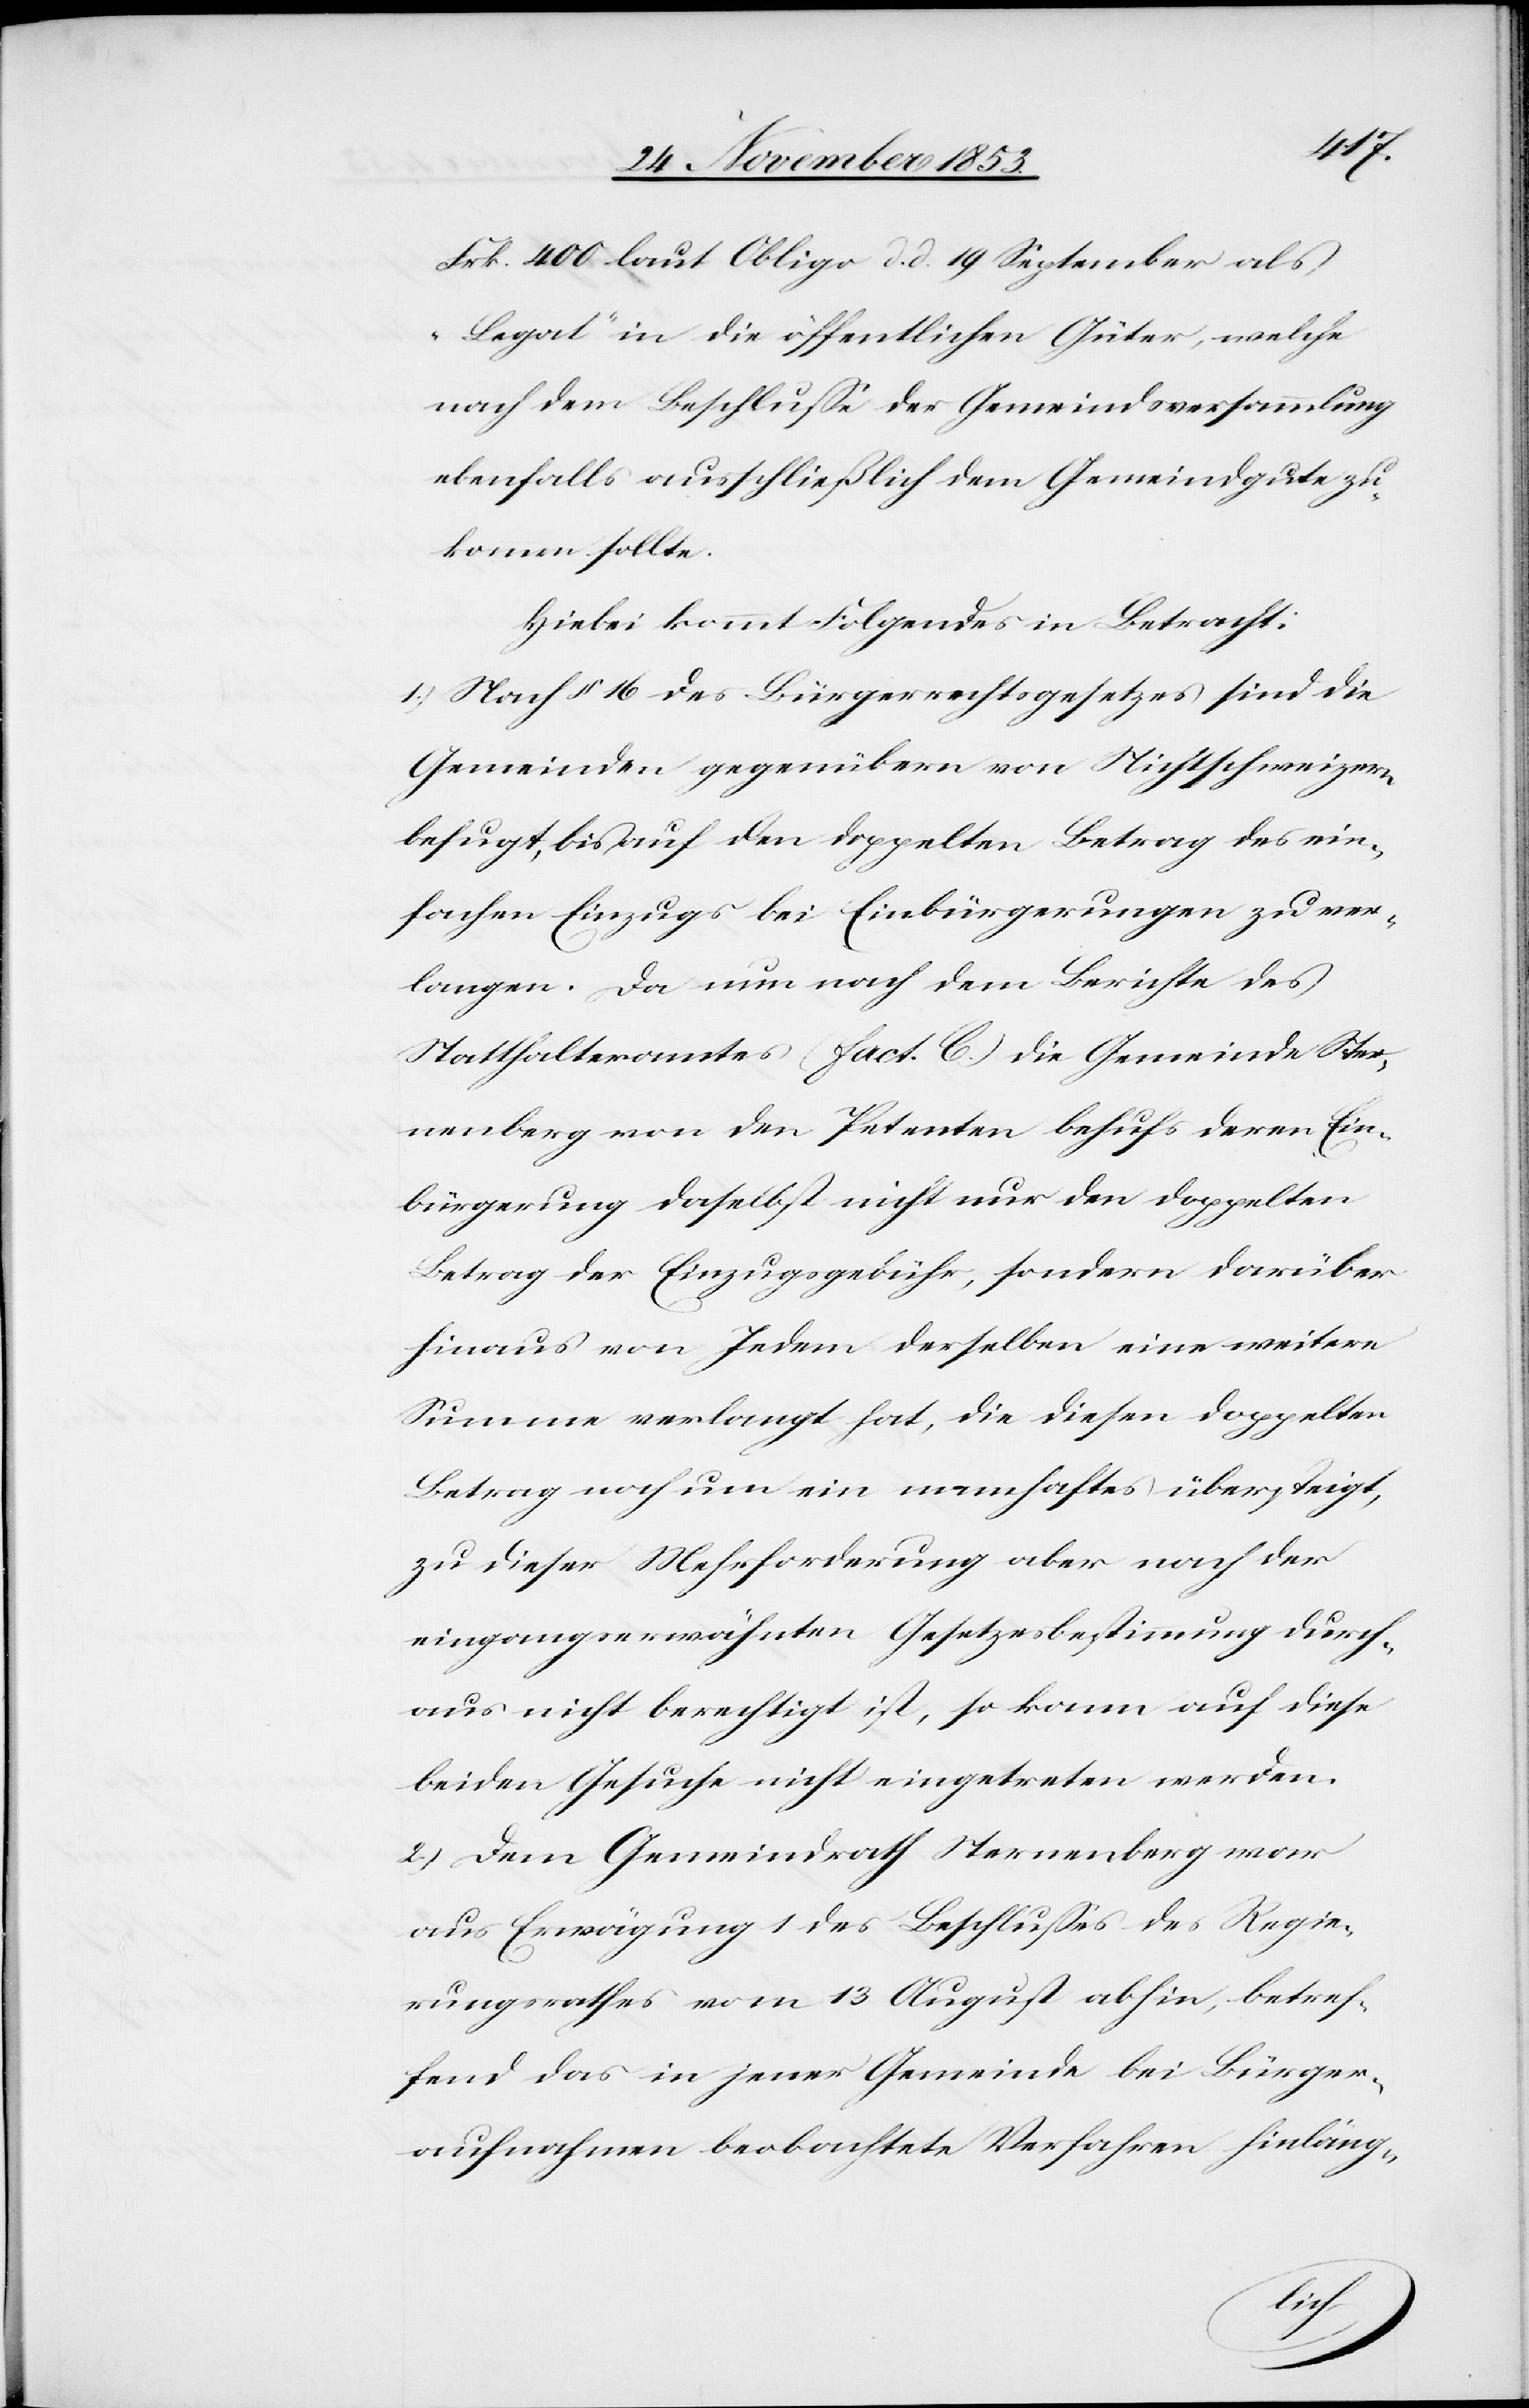
Frk. 400 laut Obligo d. d. 19 September als
„Legat“ in die öffentlichen Güter, welche
nach dem Beschluße der Gemeindsversammlung
ebenfalls ausschließlich dem Gemeindgute zu¬
kommen sollte.
Hiebei kommt Folgendes in Betracht:
1) Nach § 16 des Bürgerrechtsgesetzes sind die
Gemeinden gegenübern [sic!] von Nichtschweizern
befugt, bis auf den doppelten Betrag des ein¬
fachen Bezugs bei Einbürgerungen zu ver¬
langen. Da nun nach dem Berichte des
Statthalteramtes (fact. C.) die Gemeinde Ster¬
nenberg von den Petenten behufs deren Ein¬
bürgerung daselbst nicht nur den doppelten
Betrag der Einzugsgebühr, sondern darüber
hinaus von Jedem derselben eine weitere
Summe verlangt hat, die diesen doppelten
Betrag noch um ein namhaftes übersteigt,
zu dieser Mehrforderung aber nach der
eingangserwähnten Gesetzesbestimmung durch¬
aus nicht berechtigt ist, so kann auf diese
beiden Gesuche nicht eingetreten werden.
2) Dem Gemeindrath Sternenberg war
aus Erwägung 1 des Beschlußes des Regie¬
rungsrathes vom 13 August abhin, betref¬
iben das in jener Gemeinde bei Bürger¬
aufnahmen beobachtete Verfahren hinläng-
Schre¬